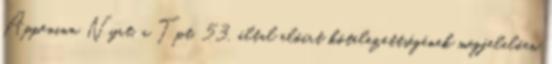
Appeninn Nyrt. a Tpt. 53. által előírt kötelezettségének megfelelően